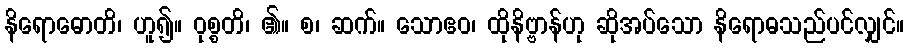
နိရောဓောတိ၊ ဟူ၍။ ဝုစ္စတိ၊ ၏။ စ၊ ဆက်။ သောဧဝ၊ ထိုနိဗ္ဗာန်ဟု ဆိုအပ်သော နိရောဓသည်ပင်လျှင်။